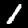
Digit: 1